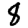
Digit: 8